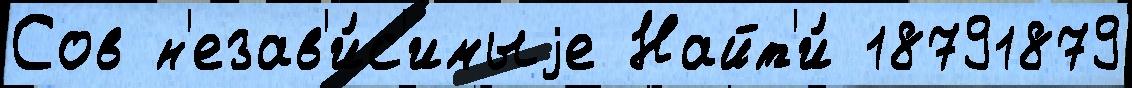
Сов н'езав'и́с'имыjе Найт'и́ 18791879